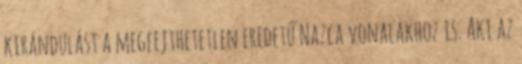
kirándulást a megfejthetetlen eredetű Nazca vonalakhoz is. Aki az